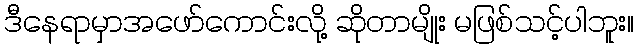
ဒီနေရာမှာအဖော်ကောင်းလို့ ဆိုတာမျိုး မဖြစ်သင့်ပါဘူး။